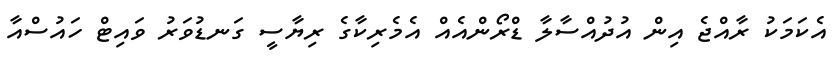
އެކަމަކު ރާއްޖެ އިން އުދުއްސާލާ ޑްރޯންއެއް އެމެރިކާގެ ރިޔާސީ ގަނޑުވަރު ވައިޓް ހައުސްއާ